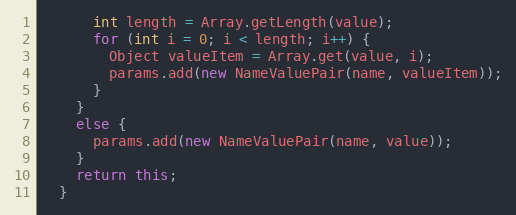
Language: Java
      int length = Array.getLength(value);
      for (int i = 0; i < length; i++) {
        Object valueItem = Array.get(value, i);
        params.add(new NameValuePair(name, valueItem));
      }
    }
    else {
      params.add(new NameValuePair(name, value));
    }
    return this;
  }